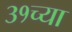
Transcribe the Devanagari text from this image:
३१च्या